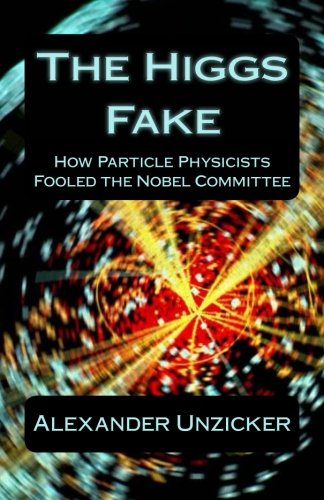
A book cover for The Higgs Fake: How Particle Physicists Fooled the Nobel Committee; Alexander Unzicker; Science & Math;